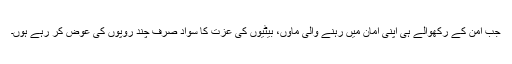
جب امن کے رکھوالے ہی اپنی امان میں رہنے والی ماؤں، بیٹیوں کی عزت کا سواد صرف چند روپوں کی عوض کر رہے ہوں۔